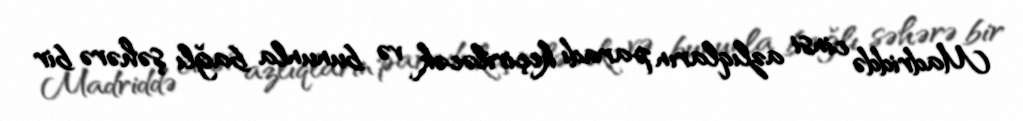
Madriddə cinsi azlıqların paradı keçiriləcək və bununla bağlı şəhərə bir